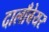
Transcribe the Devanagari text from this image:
दालाँबेयर